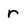
Character: r